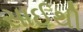
સાઈથી